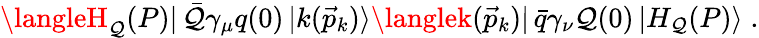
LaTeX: \langleH_{\mathcal{Q}}(P)|\, \bar{{\mathcal{Q}}}\gamma_{\mu}q(0)\, |k(\vec{{p}}_{k})\rangle\langlek(\vec{{p}}_{k})|\, \bar{{q}}\gamma_{\nu}\mathcal{Q}(0)\, |H_{\mathcal{Q}}(P)\rangle\; .